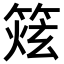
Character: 𥰌